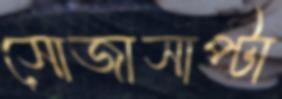
সোজাসাপ্টা